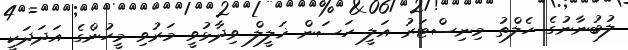
ލުބުނާނުގެ ހެލްތު މިނިސްޓަރު އަލީ ހަސަން ޚަލީލް ވިދާޅުވީ މަރުވި މީހުންގެ އަދަދަކީ